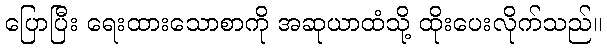
ပြောပြီး ရေးထားသောစာကို အဆုယာထံသို့ ထိုးပေးလိုက်သည်။